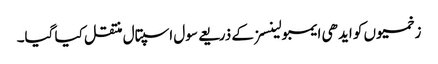
زخمیوں کو ایدھی ایمبولینسز کے ذریعے سول اسپتال منتقل کیا گیا۔